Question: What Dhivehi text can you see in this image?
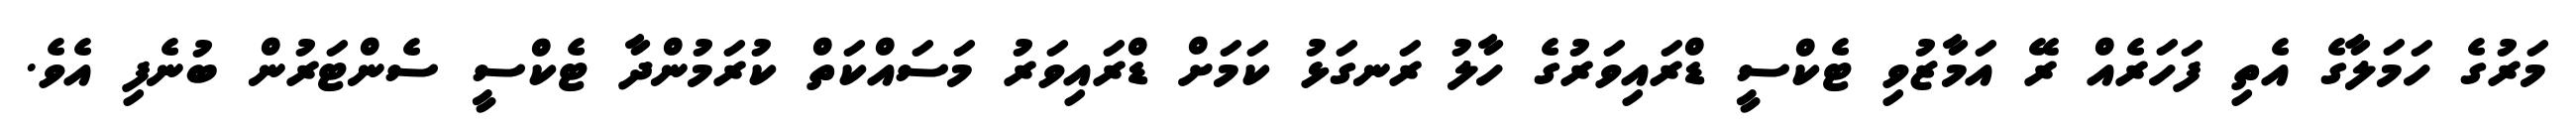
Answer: މަރުގެ ހަމަލާގެ އެތި ފަހަރެއް ރޭ އަމާޒުވި ޓެކްސީ ޑްރައިވަރުގެ ހާލު ރަނގަޅު ކަމަށް ޑްރައިވަރު މަސައްކަތް ކުރަމުންދާ ޓެކްސީ ސެންޓަރުން ބުނެފި އެވެ.